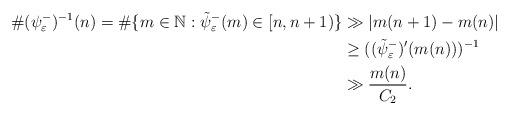
LaTeX: \begin{align*}\#(\psi^{-}_{\varepsilon})^{-1}(n)=\# \{m\in\mathbb{N}:\tilde{\psi}^{-}_{\varepsilon}(m)\in[n,n+1)\}&\gg |m(n+1)-m(n)|\\&\geq ((\tilde{\psi}^{-}_{\varepsilon})'(m(n)))^{-1}\\&\gg \frac{m(n)}{C_2}.\end{align*}